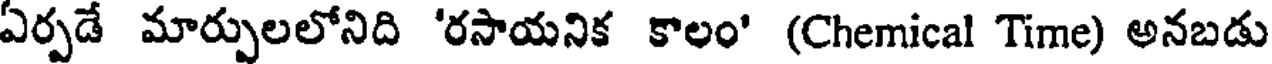
ఏర్పడే మార్పులలోనిది 'రసాయనిక కాలం' (Chemical Time) అనబడు